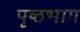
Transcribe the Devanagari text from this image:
पृष्‍ठभाग